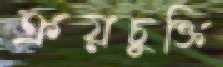
ক্রয়চুক্তি